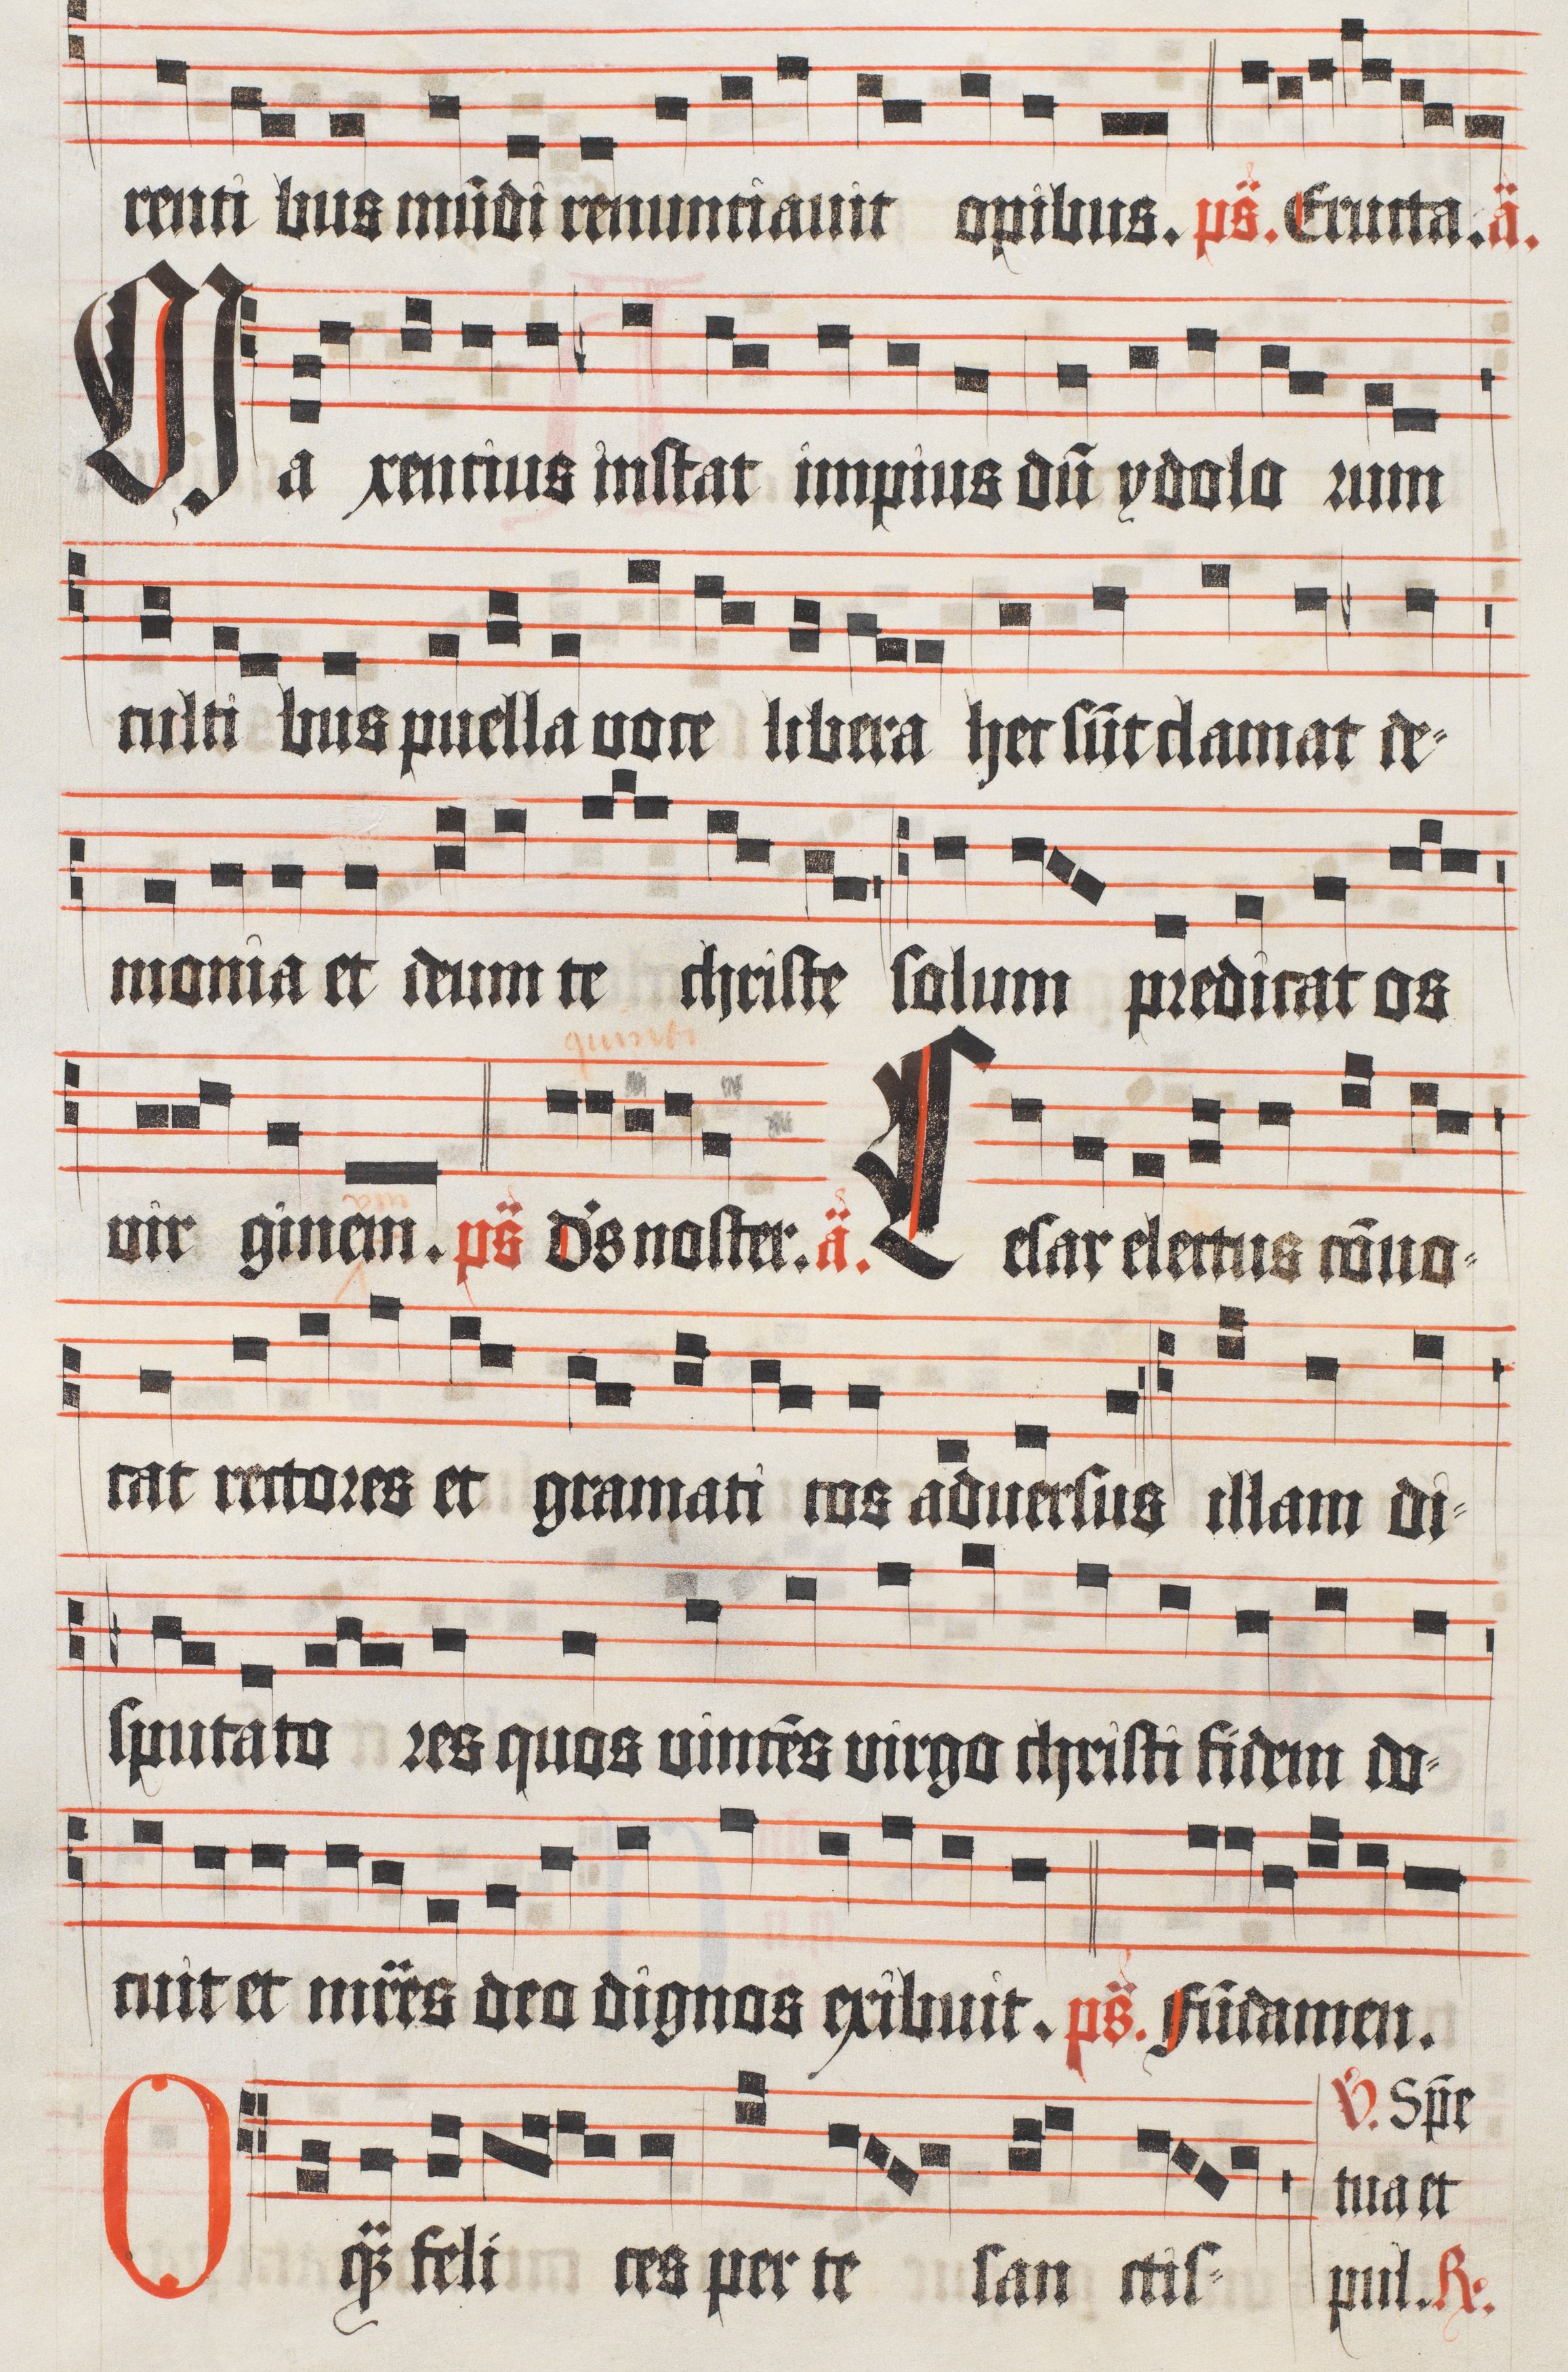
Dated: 1510–1517